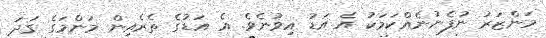
މަންޒަރު ނުފެނުނެއްކަމަކު އެ އަޑު އިވުނެވެ. އެ އަޑުގެ ތެރެއިން މަންމަގެ ގަދަ